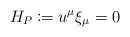
\begin{align*} H_P\coloneqq u^\mu\xi_\mu=0\end{align*}